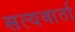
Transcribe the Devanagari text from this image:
सत्यवार्ता